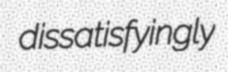
dissatisfyingly